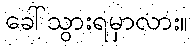
ခေါ်သွားရမှာလား။